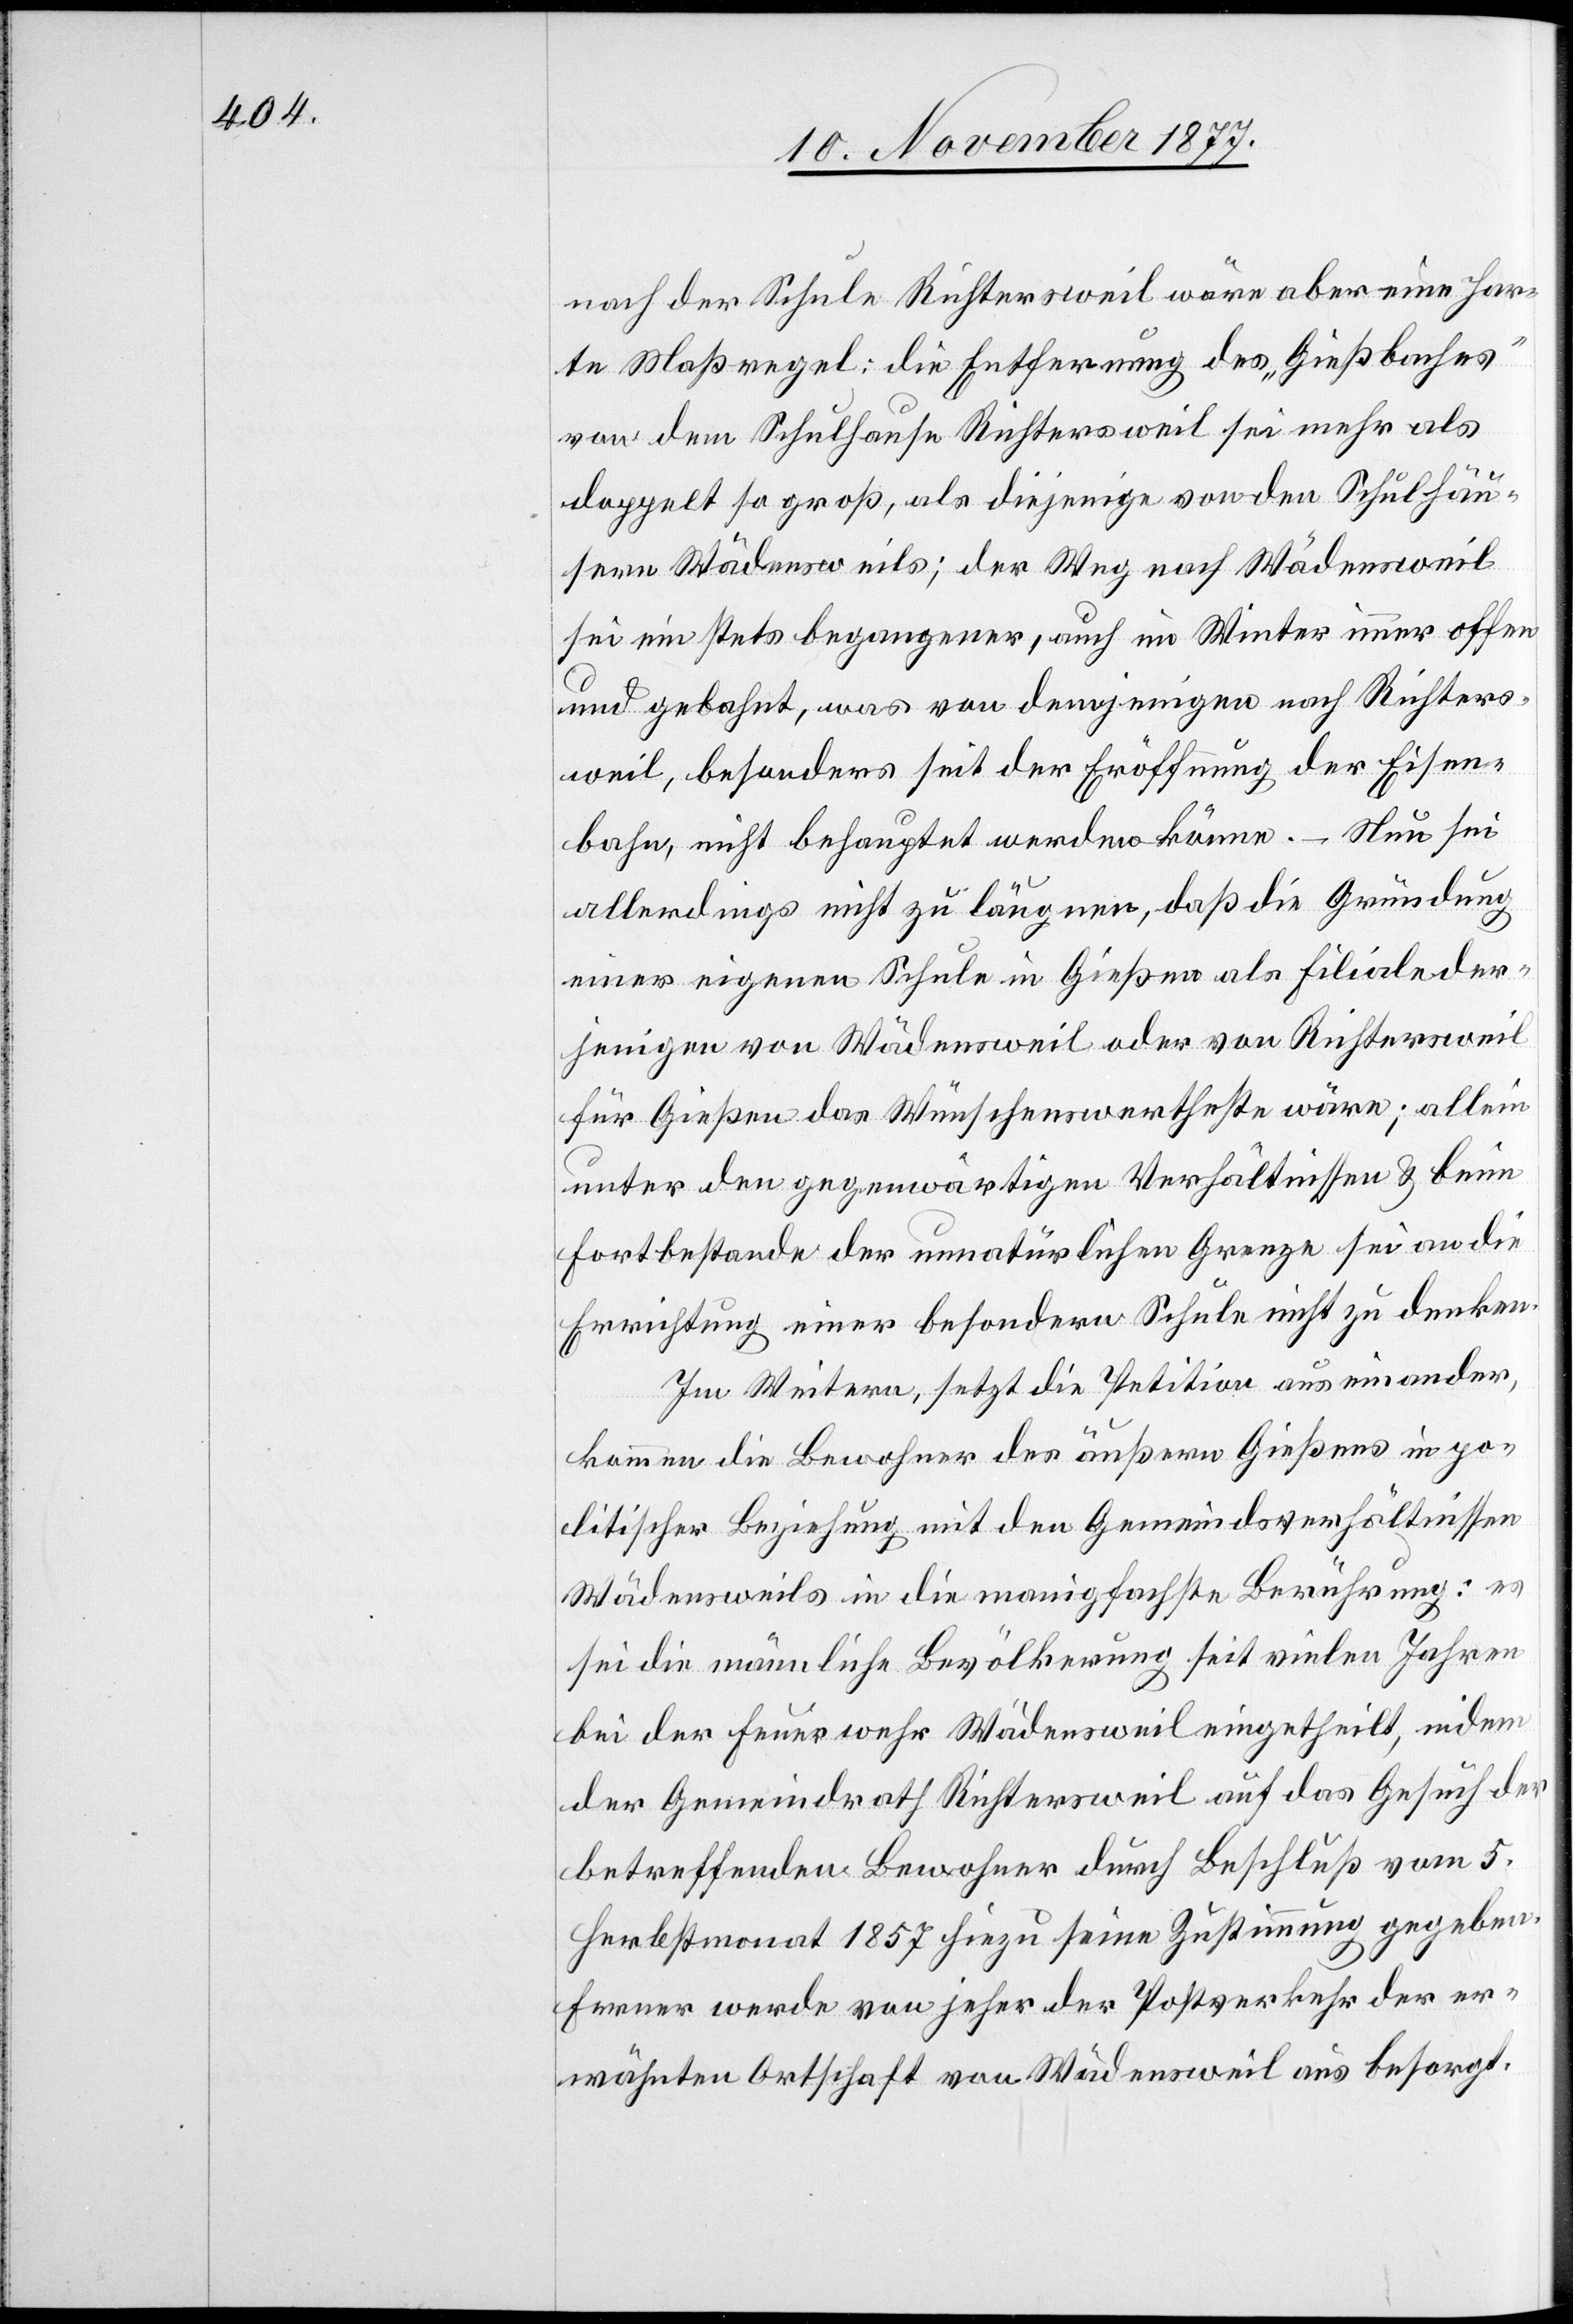
nach der Schule Richtersweil wäre aber eine har¬
te Maßregel: die Entfernung des „Gießbaches“
von dem Schulhause Richtersweil sei mehr als
doppelt so groß, als diejenige von den Schulhäu¬
sern Wädensweils; der Weg nach Wädensweil
sei ein stets begangener, auch im Winter immer offen
und gebahnt, was von demjenigen nach Richters¬
weil, besonders seit der Eröffnung der Eisen¬
bahn, nicht behauptet werden könne. – Nun sei
allerdings nicht zu läugnen, daß die Gründung
einer eigenen Schule in Gießen als Filiale der¬
jenigen von Wädensweil oder von Richtersweil
für Gießen das Wünschenswertheste wäre; allein
unter den gegenwärtigen Verhältnissen & beim
Fortbestande der unnatürlichen Grenze sei an die
Errichtung einer besondern Schule nicht zu denken.
Im Weitern, setzt die Petition auseinander,
kommen die Bewohner des äußern Gießens in po¬
litischer Beziehung mit den Gemeindsverhältnissen
Wädensweils in die manigfachste Berührung: es
sei die männliche Bevölkerung seit vielen Jahren
bei der Feuerwehr Wädensweil eingetheilt, indem
der Gemeindrath Richtersweil auf das Gesuch der
betreffenden Bewohner durch Beschluß vom 5.
Herbstmonat 1857 hiezu seine Zustimmung gegeben.
Ferner werde von jeher der Postverkehr der er¬
wähnten Ortschaft von Wädensweil aus besorgt.